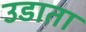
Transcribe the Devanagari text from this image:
उडाता